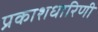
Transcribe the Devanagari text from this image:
प्रकाशधारिणी